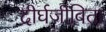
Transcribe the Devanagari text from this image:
दीर्घजीविता